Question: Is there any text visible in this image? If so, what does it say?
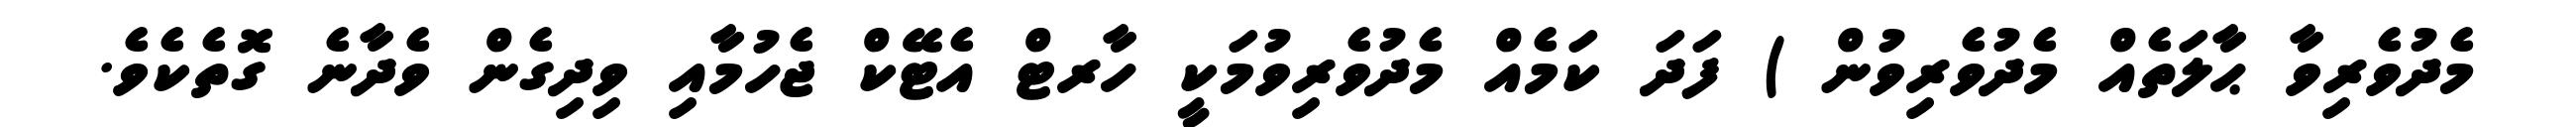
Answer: މެދުވެރިވާ ޙާލަތެއް މެދުވެރިވުން ) ފަދަ ކަމެއް މެދުވެރިވުމަކީ ހާރޓް އެޓޭކް ޖެހުމާއި ވިދިގެން ވެދާނެ ގޮތެކެވެ.